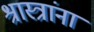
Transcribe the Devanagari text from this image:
श्रास्त्रांना